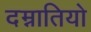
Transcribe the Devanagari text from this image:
दम्नातियो